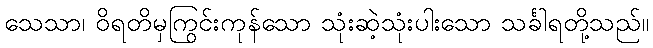
သေသာ၊ ဝိရတိမှကြွင်းကုန်သော သုံးဆဲ့သုံးပါးသော သင်္ခါရတို့သည်။